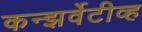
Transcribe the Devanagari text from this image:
कन्झर्वेटीव्ह